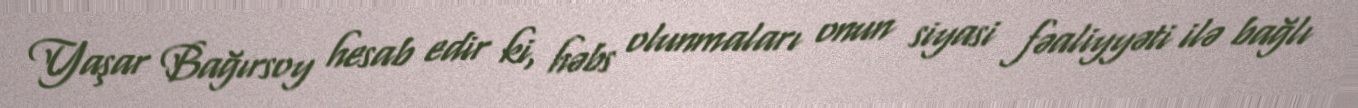
Yaşar Bağırsoy hesab edir ki, həbs olunmaları onun siyasi fəaliyyəti ilə bağlı